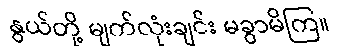
နွယ်တို့ မျက်လုံးချင်း မခွာမိကြ။